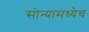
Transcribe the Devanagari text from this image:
सोन्यामध्येच